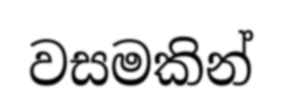
වසමකින්